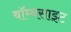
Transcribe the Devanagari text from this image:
बॉम्बसाइट